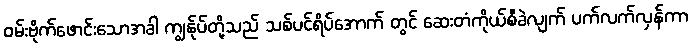
ဝမ်းဗိုက်ဖောင်းသောအခါ ကျွန်ုပ်တို့သည် သစ်ပင်ရိပ်အောက် တွင် ဆေးတံကိုယ်စီခဲလျက် ပက်လက်လှန်ကာ